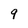
Character: 9